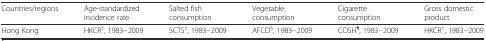
| Countries/regions | Age-standardized incidence rate | Salted fish consumption | Vegetable consumption | Cigarette consumption | Gross domestic product |
 | --- | --- | --- | --- | --- | --- |
 | Hong Kong | HKCR†, 1983−2009 | SCTS‡, 1983−2009 | AFCD§, 1983−2009 | COSH¶, 1983−2009 | HKCR†, 1983−2009 |